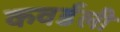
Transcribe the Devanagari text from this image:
कवर्डली